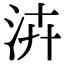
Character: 泋